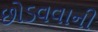
છોડવવાની